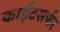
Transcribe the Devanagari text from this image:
काईटसर्फर